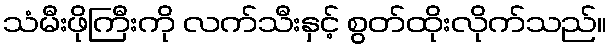
သံမီးဖိုကြီးကို လက်သီးနှင့် စွတ်ထိုးလိုက်သည်။